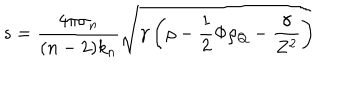
LaTeX: s = \frac { 4 \pi \sigma _ { n } } { ( n - 2 ) k _ { n } } \sqrt { \gamma \left( \rho - \frac { 1 } { 2 } \Phi \rho _ { Q } - \frac { \gamma } { Z ^ { 2 } } \right) }